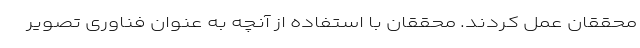
محققان عمل کردند. محققان با استفاده از آنچه به عنوان فناوری تصویر